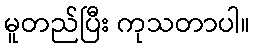
မူတည်ပြီး ကုသတာပါ။